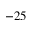
- 2 5